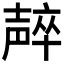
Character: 𱘠